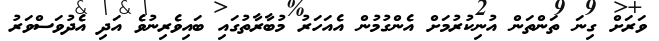
ވަރަށް ގިނަ ތަންތަން އުނިކުރުމަށް އެންގުމުން އެއަހަރު މުބާރާތުގައި ބައިވެރިނުވެ އަދި އެދުވަސްވަރު